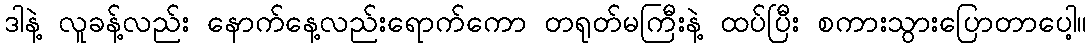
ဒါနဲ့ လူခန့်လည်း နောက်နေ့လည်းရောက်ကော တရုတ်မကြီးနဲ့ ထပ်ပြီး စကားသွားပြောတာပေါ့။